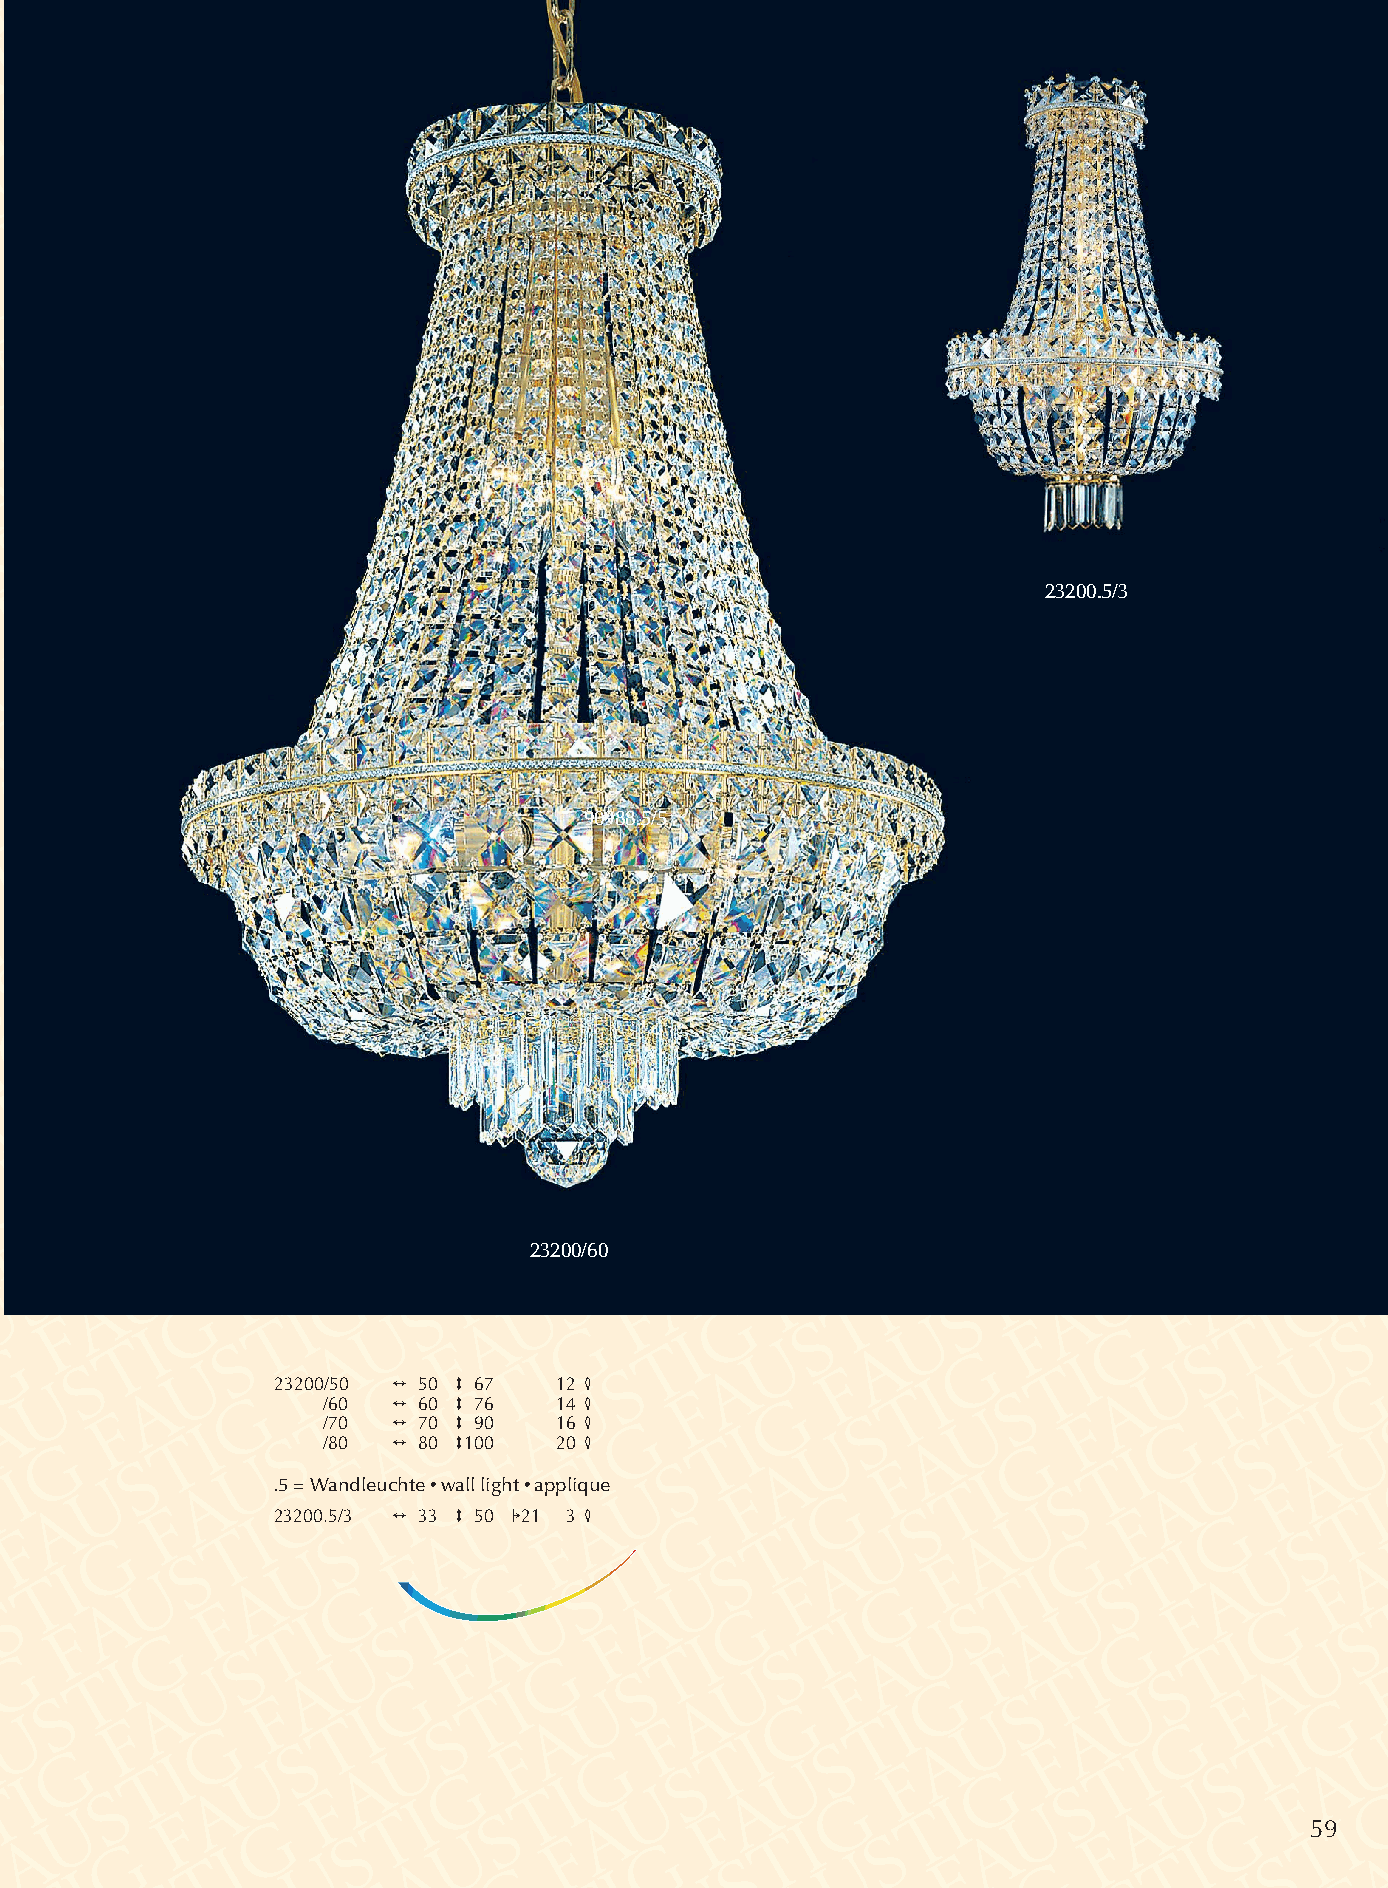
23200.5/3
 90988.5/5
 23200/60
 23200/50 2 50 3 67 12 4
 /60  2 60 3 76  14 4
 /70  2 70 3 90  16 4
 /80  2 80 3100  20 4
 .5 = Wandleuchte •wall light •applique
 23200.5/3 2 33 3 50 121 3 4
 59